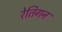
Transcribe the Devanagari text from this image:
रेतिगन